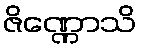
ဇိဏ္ဏောသိ